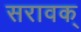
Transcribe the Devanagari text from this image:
सरावक्